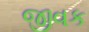
જીવક